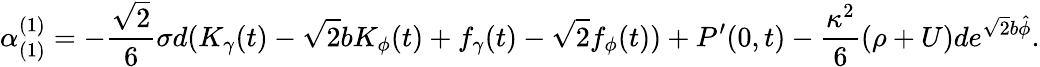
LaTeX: \alpha_{(1)}^{(1)}=-\frac{\sqrt{2}}{6}\sigma d(K_{\gamma}(t)-\sqrt{2}bK_{\phi}(t)+f_{\gamma}(t)-\sqrt{2}f_{\phi}(t))+P^{\prime}(0,t)-\frac{\kappa^{2}}{6}(\rho+U)de^{\sqrt{2}b\hat{\phi}}.